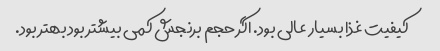
کیفیت غذا بسیار عالی بود. اگر حجم برنجش کمی بیشتر بود بهتر بود.